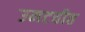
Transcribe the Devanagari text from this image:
उमटवीत